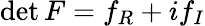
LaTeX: \operatorname*{det}F=f_{R}+if_{I}